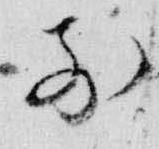
前